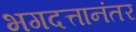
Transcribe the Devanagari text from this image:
भगदत्तानंतर